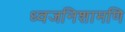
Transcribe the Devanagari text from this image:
ध्वजनिशामणि